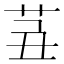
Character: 𦭍